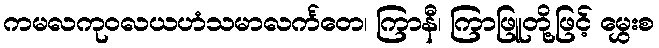
ကမလကုဝလယဟံသမာလင်္ကတေ၊ ကြာနီ၊ ကြာဖြူတို့ဖြင့် မွှေးစ